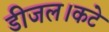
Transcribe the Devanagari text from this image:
डीजल।कटे